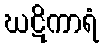
ဃဋိကာရံ